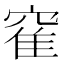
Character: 𫁒